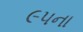
૯૫ના